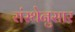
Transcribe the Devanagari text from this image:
संस्थेनुसार